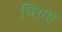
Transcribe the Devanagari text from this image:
घिराह